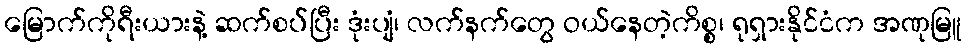
မြောက်ကိုရီးယားနဲ့ ဆက်စပ်ပြီး ဒုံးပျံ၊ လက်နက်တွေ ဝယ်နေတဲ့ကိစ္စ၊ ရုရှားနိုင်ငံက အဏုမြူ